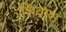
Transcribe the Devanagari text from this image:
शिवांश